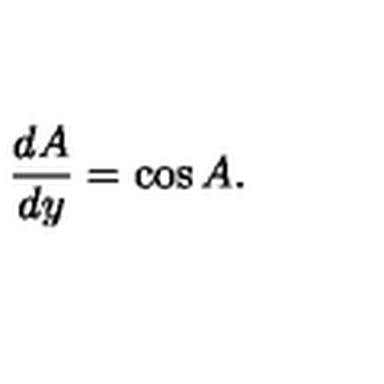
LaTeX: { \frac { d A } { d y } } = \cos A .